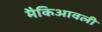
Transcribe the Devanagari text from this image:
मैकिआवली